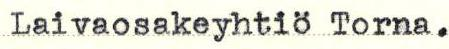
Laivaosakeyhtiö Torna.